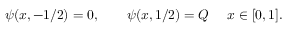
\psi ( x , - 1 / 2 ) = 0 , ~ ~ ~ ~ ~ ~ \psi ( x , 1 / 2 ) = Q ~ ~ ~ ~ x \in [ 0 , 1 ] .